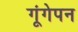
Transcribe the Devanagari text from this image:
गूंगेपन